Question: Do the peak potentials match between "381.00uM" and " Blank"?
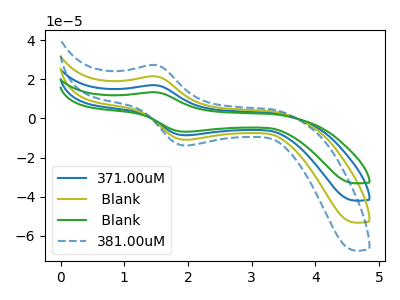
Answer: <think>The blue curve "371.00uM" has an anodic peak at (1.50V, 43.20uA) and a cathodic peak at (2.00V, -21.80uA). The olive curve " Blank" has an anodic peak at (1.50V, 21.60uA) and a cathodic peak at (2.00V, -10.90uA). The green curve " Blank" has an anodic peak at (1.50V, 64.80uA) and a cathodic peak at (2.00V, -32.70uA). The blue dashed curve "381.00uM" has an anodic peak at (1.50V, 27.40uA) and a cathodic peak at (2.00V, -13.80uA).</think>
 <answer>Yes, "381.00uM" have a peak in " Blank" at the same potential.</answer>
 <eval>match</eval>